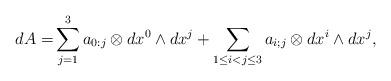
LaTeX: \begin{align*}dA=& \sum_{j=1}^3 a_{0:j} \otimes dx^0 \wedge dx^j + \sum_{1\leq i<j \leq 3}a_{i;j} \otimes dx^i \wedge dx^j , \end{align*}